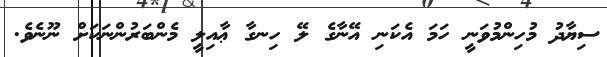
ސިޔާދު މުހިންމުވަނީ ހަމަ އެކަނި އޭނާގެ ލޭ ހިނގާ ޢާއިލީ މެންބަރުންނަކަށް ނޫނެވެ.